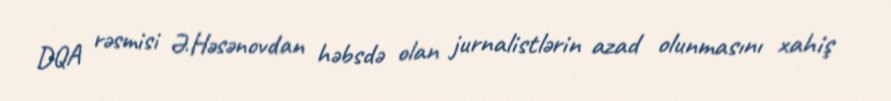
DQA rəsmisi Ə.Həsənovdan həbsdə olan jurnalistlərin azad olunmasını xahiş